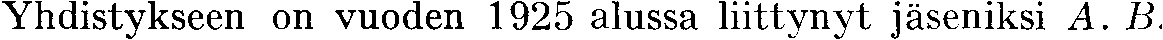
Yhdistykseen on vuoden 1925 alussa liittynyt jäseniksi A. B.